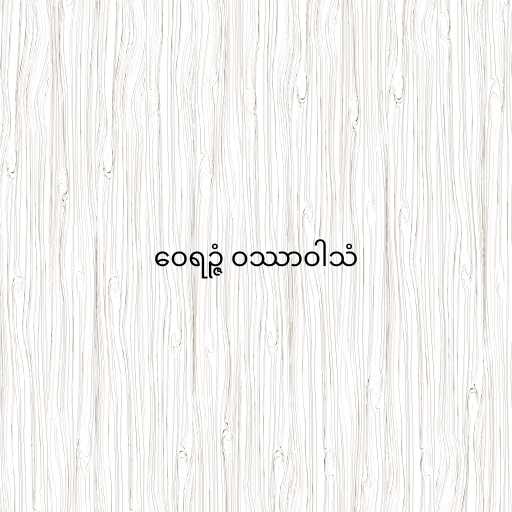
ဝေရဉ္ဇံ ဝဿာဝါသံ